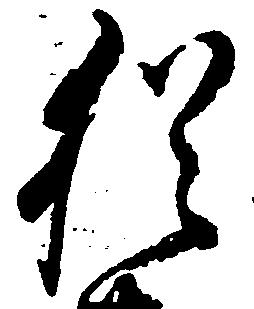
猶